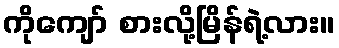
ကိုကျော် စားလို့မြိန်ရဲ့လား။